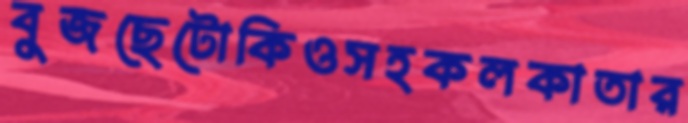
বুজছেটোকিওসহকলকাতার